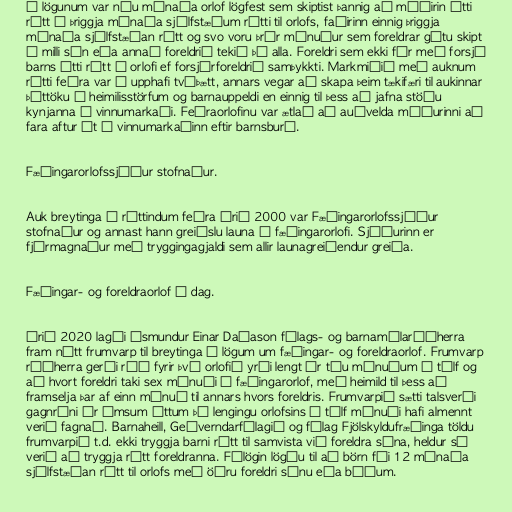
Í lögunum var níu mánaða orlof lögfest sem skiptist þannig að móðirin átti
rétt á þriggja mánaða sjálfstæðum rétti til orlofs, faðirinn einnig þriggja
mánaða sjálfstæðan rétt og svo voru þrír mánuður sem foreldrar gátu skipt
á milli sín eða annað foreldrið tekið þá alla. Foreldri sem ekki fór með forsjá
barns átti rétt á orlofi ef forsjárforeldrið samþykkti. Markmiðið með auknum
rétti feðra var í upphafi tvíþætt, annars vegar að skapa þeim tækifæri til aukinnar
þáttöku í heimilisstörfum og barnauppeldi en einnig til þess að jafna stöðu
kynjanna á vinnumarkaði. Feðraorlofinu var ætlað að auðvelda móðurinni að
fara aftur út á vinnumarkaðinn eftir barnsburð.

Fæðingarorlofssjóður stofnaður.

Auk breytinga á réttindum feðra árið 2000 var Fæðingarorlofssjóður
stofnaður og annast hann greiðslu launa í fæðingarorlofi. Sjóðurinn er
fjármagnaður með tryggingagjaldi sem allir launagreiðendur greiða.

Fæðingar- og foreldraorlof í dag.

Árið 2020 lagði Ásmundur Einar Daðason félags- og barnamálaráðherra
fram nýtt frumvarp til breytinga á lögum um fæðingar- og foreldraorlof. Frumvarp
ráðherra gerði ráð fyrir því orlofið yrði lengt úr tíu mánuðum í tólf og
að hvort for­eldri taki sex mánuði í fæðing­ar­or­lof, með heim­ild til þess að
fram­selja þar af einn mánuð til ann­ars hvors foreldris. Frumvarpið sætti talsverði
gagnrýni úr ýmsum áttum þó lengingu orlofsins í tólf mánuði hafi almennt
verið fagnað. Barnaheill, Geðverndarfélagið og félag Fjölskyldufræðinga töldu
frumvarpið t.d. ekki tryggja barni rétt til samvista við foreldra sína, heldur sé
verið að tryggja rétt foreldranna. Félögin lögðu til að börn fái 12 mánaða
sjálfstæðan rétt til orlofs með öðru foreldri sínu eða báðum.